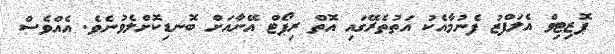
ޕޮޒިޓިވް އެލަފްޒު ފެނުމާއެކު އަތުތެރޭގައި އޮތް ރިޕޯޓް އޭނާއަށް ބޮނޑިކޮށްލެވުނެވެ. އެއްވެސް